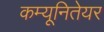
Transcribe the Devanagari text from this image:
कम्यूनितेयर